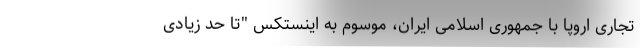
تجاری اروپا با جمهوری اسلامی ایران، موسوم به اینستکس "تا حد زیادی